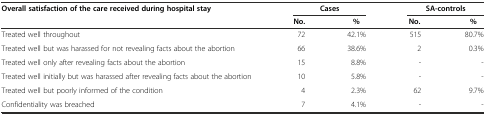
<table><thead><tr><td><b>Overall satisfaction of the care received during hospital stay</b></td><td></td><td><b>Cases</b></td><td></td><td><b>SA-controls</b></td></tr><tr><td></td><td><b>No.</b></td><td><b>%</b></td><td><b>No.</b></td><td><b>%</b></td></tr></thead><tbody><tr><td>Treated well throughout</td><td>72</td><td>42.1%</td><td>515</td><td>80.7%</td></tr><tr><td>Treated well but was harassed for not revealing facts about the abortion</td><td>66</td><td>38.6%</td><td>2</td><td>0.3%</td></tr><tr><td>Treated well only after revealing facts about the abortion</td><td>15</td><td>8.8%</td><td>-</td><td>-</td></tr><tr><td>Treated well initially but was harassed after revealing facts about the abortion</td><td>10</td><td>5.8%</td><td>-</td><td>-</td></tr><tr><td>Treated well but poorly informed of the condition</td><td>4</td><td>2.3%</td><td>62</td><td>9.7%</td></tr><tr><td>Confidentiality was breached</td><td>7</td><td>4.1%</td><td>-</td><td>-</td></tr></tbody></table>